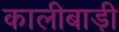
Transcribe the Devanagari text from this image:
कालीबाड़ी